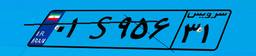
۰۱S۹۵۶۳۱